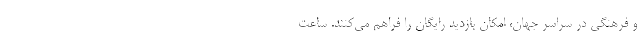
و فرهنگی در سراسر جهان، امکان بازدید رایگان را فراهم می‌کنند. ساعت